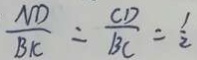
\frac { M D } { B i C } = \frac { C D } { B C } = \frac { 1 } { 2 }